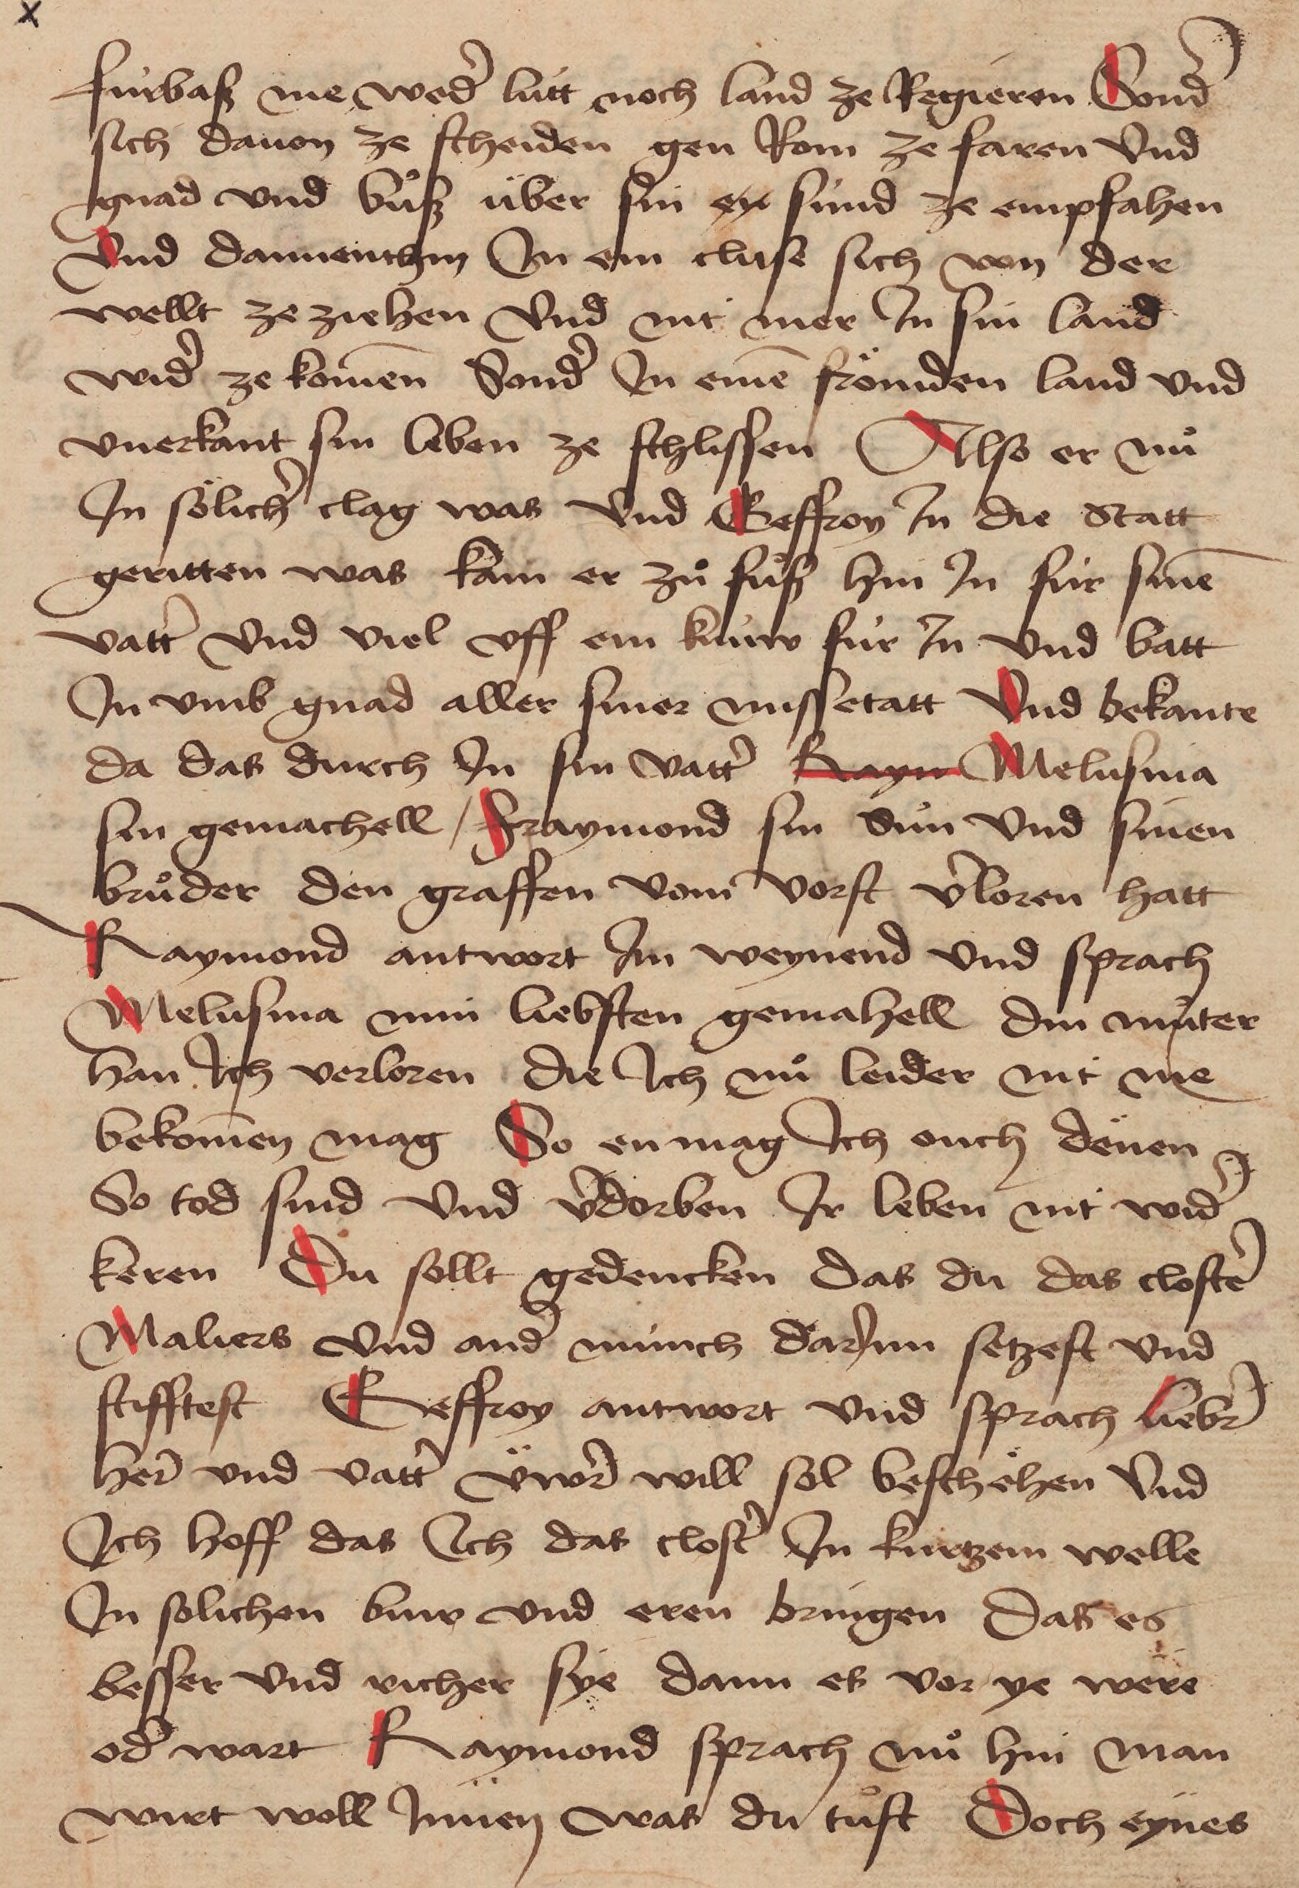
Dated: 1471–1471